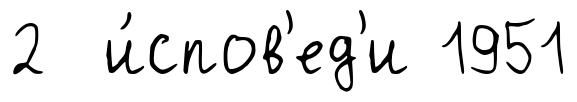
2 и́спов'ед'и 1951